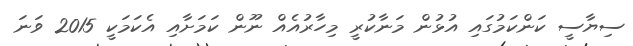
ސިޔާސީ ކަންކަމުގައި އުޅުން މަނާކުރީ މިހާރުއެއް ނޫން ކަމަށާއި އެކަމަކީ 2015 ވަނަ